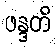
ဖန္ဒတိ